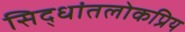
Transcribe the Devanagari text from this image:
सिद्धांतलोकप्रिय